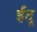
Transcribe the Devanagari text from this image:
ईदू